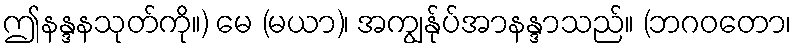
ဤနန္ဒနသုတ်ကို။) မေ (မယာ)၊ အကျွန်ုပ်အာနန္ဒာသည်။ (ဘဂဝတော၊